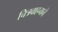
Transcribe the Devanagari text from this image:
चित्रवाहनाने